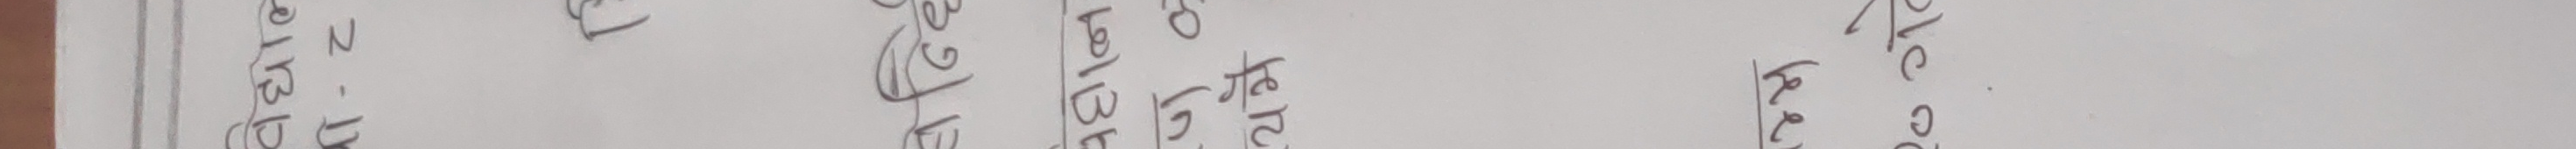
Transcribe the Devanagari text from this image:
१.३ श्री कोठा १.० च पछिल्लो को खेत गो सिको